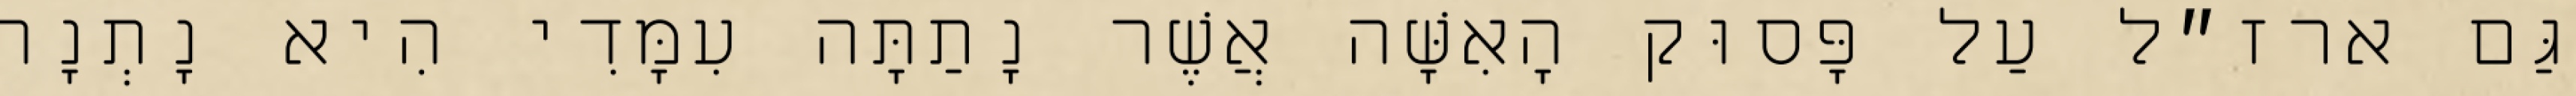
גַּם ארז״ל עַל פָּסוּק הָאִשָּׁה אֲשֶׁר נָתַתָּה עִמָּדִי הִיא נָתְנָה